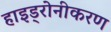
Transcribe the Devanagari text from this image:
हाइड्रोनीकरण